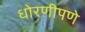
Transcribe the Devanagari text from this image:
धोरणीपणे